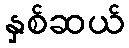
နှစ်ဆယ်